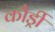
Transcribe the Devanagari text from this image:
कौर्ड्री